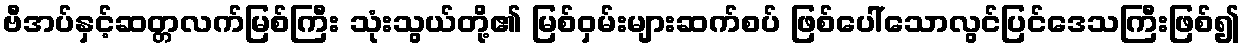
ဗီအပ်နှင့်ဆတ္တလက်မြစ်ကြီး သုံးသွယ်တို့၏ မြစ်ဝှမ်းများဆက်စပ် ဖြစ်ပေါ်သောလွင်ပြင်ဒေသကြီးဖြစ်၍